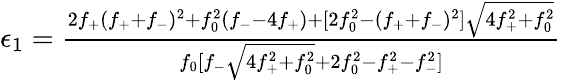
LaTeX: \begin{array}{r}{\epsilon_{1}=\frac{2f_{+}(f_{+}+f_{-})^{2}+f_{0}^{2}(f_{-}-4f_{+})+[2f_{0}^{2}-(f_{+}+f_{-})^{2}]\sqrt{4f_{+}^{2}+f_{0}^{2}}}{f_{0}[f_{-}\sqrt{4f_{+}^{2}+f_{0}^{2}}+2f_{0}^{2}-f_{+}^{2}-f_{-}^{2}]}}\end{array}